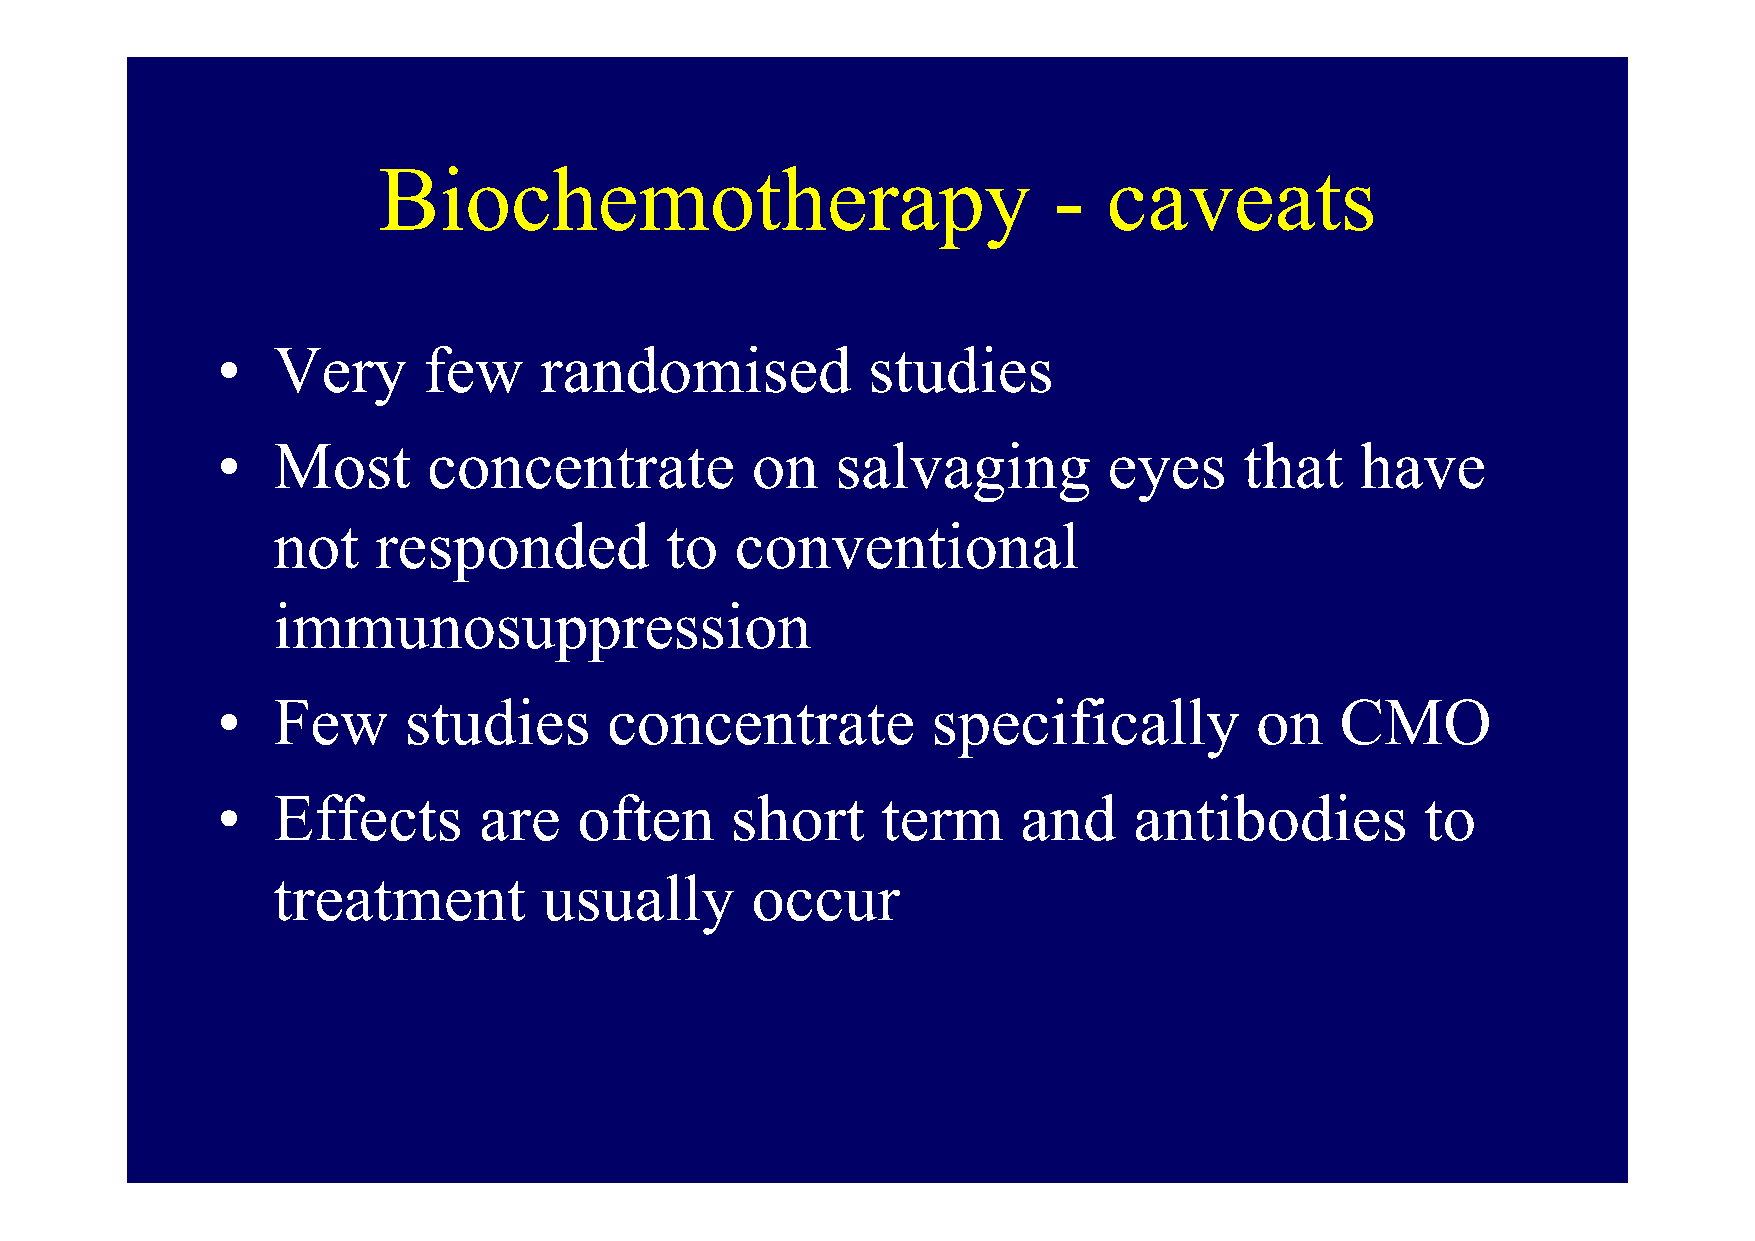
BBiioocchheemmootthheerraappyy               -  ccaavveeaattss
 •   Very      few     randomised           studies
 •   MMoosstt  ccoonncceennttrraattee oonn ssaallvvaaggiinngg eeyyeess tthhaatt hhaavvee
 not    responded          to   conventional
 iimmmmuunnoossuupppprreessssiioonn
 •   Few      studies      concentrate           specifically         on    CMO
 •   Effects       are   often     short     term      and    antibodies         to
 ttrreeaattmmeenntt uussuuaallllyy ooccccuurr